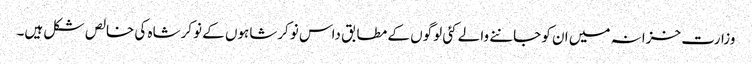
وزارت خزانہ میں ان کو جاننے والے کئی لوگوں کے مطابق داس نوکرشاہوں کے نوکرشاہ کی خالص شکل ہیں۔